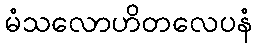
မံသလောဟိတလေပနံ